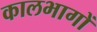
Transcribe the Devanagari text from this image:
कालभागों